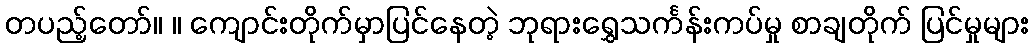
တပည့်တော်။ ။ ကျောင်းတိုက်မှာပြင်နေတဲ့ ဘုရားရွှေသင်္ကန်းကပ်မှု စာချတိုက် ပြင်မှုများ